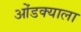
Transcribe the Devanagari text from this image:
ओंडक्याला